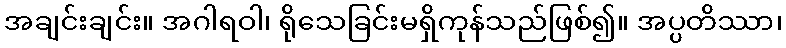
အချင်းချင်း။ အဂါရဝါ၊ ရိုသေခြင်းမရှိကုန်သည်ဖြစ်၍။ အပ္ပတိဿာ၊